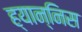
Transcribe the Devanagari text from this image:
ह्यान्निस